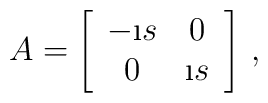
A=\left[\begin{array}{cc} -\i s&0\\ 0&\i s\end{array}\right]\, ,